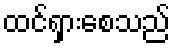
ထင်ရှားစေသည်